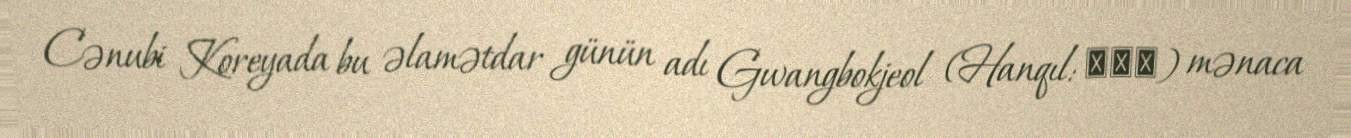
Cənubi Koreyada bu əlamətdar günün adı Gwangbokjeol (Hanqıl: 광복절) mənaca